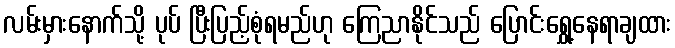
လမ်းမှားနောက်သို့ ပုပ် ပြီးပြည့်စုံရမည်ဟု ကြေညာနိုင်သည် ပြောင်းရွှေ့နေရာချထား